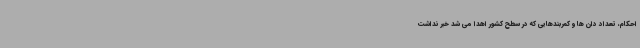
احکام، تعداد دان ها و کمربندهایی که در سطح کشور اهدا می شد خبر نداشت